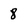
Character: 8